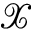
\mathcal { X }